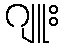
ဂျူး